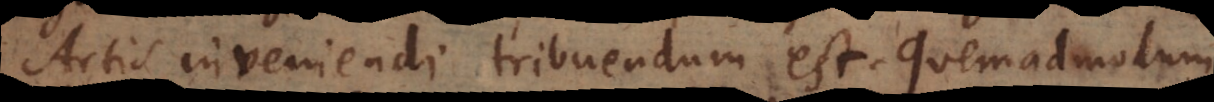
Artis inveniendi tribuendum est. Quemadmodum